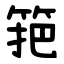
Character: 筢